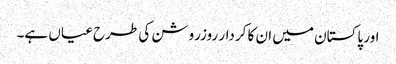
اور پاکستان میں ان کا کردار روزروشن کی طرح عیاں ہے۔